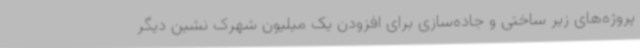
پروژه‌های زیر ساختی و جاده‌سازی برای افزودن یک میلیون شهرک نشین دیگر